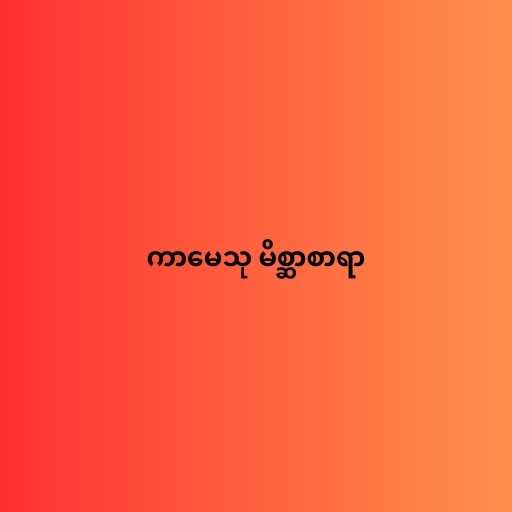
ကာမေသု မိစ္ဆာစာရာ